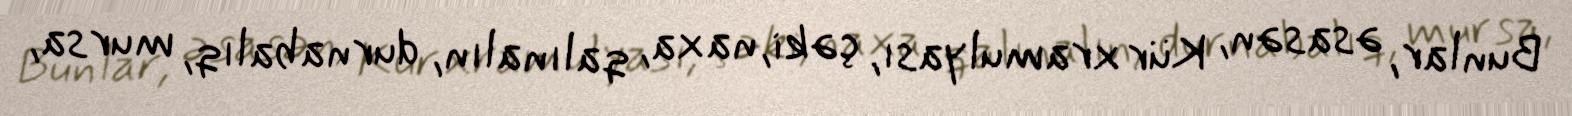
Bunlar, əsasən, Kür xramulyası, çəki, naxa, qalınalın, durnabalıq, mursa,